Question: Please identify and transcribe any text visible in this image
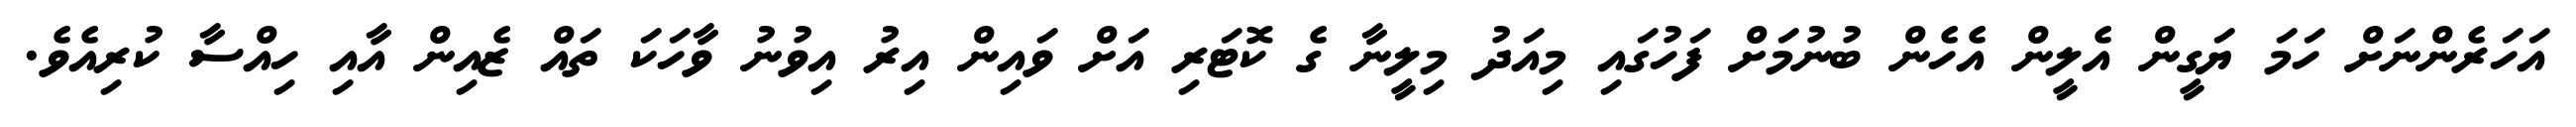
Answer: އަހަރެންނަށް ހަމަ ޔަގީން އެލީން އެހެން ބުނުމަށް ފަހުގައި މިއަދު މިލީނާ ގެ ކޮޓަރި އަށް ވައިން އިރު އިވުނު ވާހަކަ ތައް ޒެއިން އާއި ހިއްސާ ކުރިއެވެ.